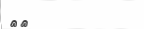
٨٨